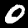
Label: 0